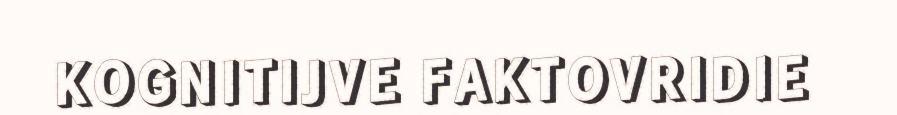
KOGNITIJVE FAKTOVRIDIE